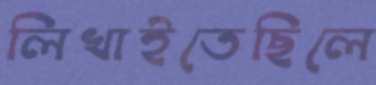
লিখাইতেছিলে